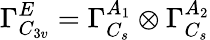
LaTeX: \Gamma_{C_{3v}}^{E}=\Gamma_{C_{s}}^{A_{1}}\otimes\Gamma_{C_{s}}^{A_{2}}